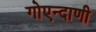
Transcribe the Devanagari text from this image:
गोएन्दाणी